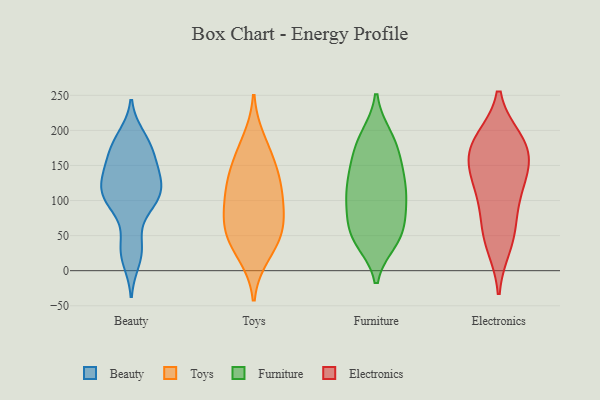
{"axis": {"x": "Humidity (%)", "y": "Value"}, "legend": ["Beauty", "Electronics", "Furniture", "Toys"], "data": [{"x": "", "y": 192, "type": "Beauty"}, {"x": "", "y": 120, "type": "Beauty"}, {"x": "", "y": 96, "type": "Beauty"}, {"x": "", "y": 123, "type": "Beauty"}, {"x": "", "y": 14, "type": "Beauty"}, {"x": "", "y": 181, "type": "Beauty"}, {"x": "", "y": 134, "type": "Beauty"}, {"x": "", "y": 41, "type": "Beauty"}, {"x": "", "y": 147, "type": "Beauty"}, {"x": "", "y": 99, "type": "Beauty"}, {"x": "", "y": 180, "type": "Beauty"}, {"x": "", "y": 165, "type": "Beauty"}, {"x": "", "y": 100, "type": "Beauty"}, {"x": "", "y": 151, "type": "Beauty"}, {"x": "", "y": 29, "type": "Beauty"}, {"x": "", "y": 97, "type": "Beauty"}, {"x": "", "y": 121, "type": "Beauty"}, {"x": "", "y": 83, "type": "Toys"}, {"x": "", "y": 161, "type": "Toys"}, {"x": "", "y": 126, "type": "Toys"}, {"x": "", "y": 53, "type": "Toys"}, {"x": "", "y": 185, "type": "Toys"}, {"x": "", "y": 73, "type": "Toys"}, {"x": "", "y": 60, "type": "Toys"}, {"x": "", "y": 23, "type": "Toys"}, {"x": "", "y": 110, "type": "Toys"}, {"x": "", "y": 38, "type": "Toys"}, {"x": "", "y": 112, "type": "Toys"}, {"x": "", "y": 144, "type": "Toys"}, {"x": "", "y": 192, "type": "Furniture"}, {"x": "", "y": 162, "type": "Furniture"}, {"x": "", "y": 188, "type": "Furniture"}, {"x": "", "y": 62, "type": "Furniture"}, {"x": "", "y": 125, "type": "Furniture"}, {"x": "", "y": 137, "type": "Furniture"}, {"x": "", "y": 46, "type": "Furniture"}, {"x": "", "y": 44, "type": "Furniture"}, {"x": "", "y": 95, "type": "Furniture"}, {"x": "", "y": 97, "type": "Furniture"}, {"x": "", "y": 107, "type": "Furniture"}, {"x": "", "y": 58, "type": "Furniture"}, {"x": "", "y": 51, "type": "Furniture"}, {"x": "", "y": 145, "type": "Furniture"}, {"x": "", "y": 42, "type": "Furniture"}, {"x": "", "y": 130, "type": "Furniture"}, {"x": "", "y": 163, "type": "Furniture"}, {"x": "", "y": 91, "type": "Furniture"}, {"x": "", "y": 101, "type": "Furniture"}, {"x": "", "y": 189, "type": "Furniture"}, {"x": "", "y": 138, "type": "Electronics"}, {"x": "", "y": 185, "type": "Electronics"}, {"x": "", "y": 37, "type": "Electronics"}, {"x": "", "y": 114, "type": "Electronics"}, {"x": "", "y": 175, "type": "Electronics"}, {"x": "", "y": 51, "type": "Electronics"}, {"x": "", "y": 117, "type": "Electronics"}, {"x": "", "y": 72, "type": "Electronics"}, {"x": "", "y": 171, "type": "Electronics"}, {"x": "", "y": 152, "type": "Electronics"}, {"x": "", "y": 184, "type": "Electronics"}]}